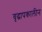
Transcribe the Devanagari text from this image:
वृद्धापकालीन